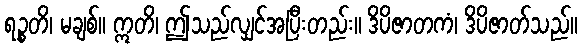
ရဉ္စတိ၊ မချစ်။ ဣတိ၊ ဤသည်လျှင်အပြီးတည်း။ ဒိပိဇာတကံ၊ ဒိပိဇာတ်သည်။